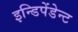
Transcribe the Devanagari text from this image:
इन्डिपेंडेन्ट